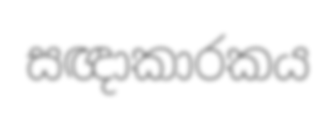
සඥාකාරකය